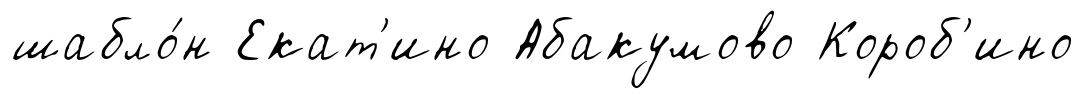
шабло́н Екат'ино Абакумово Короб'ино